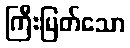
ကြီးမြတ်သော